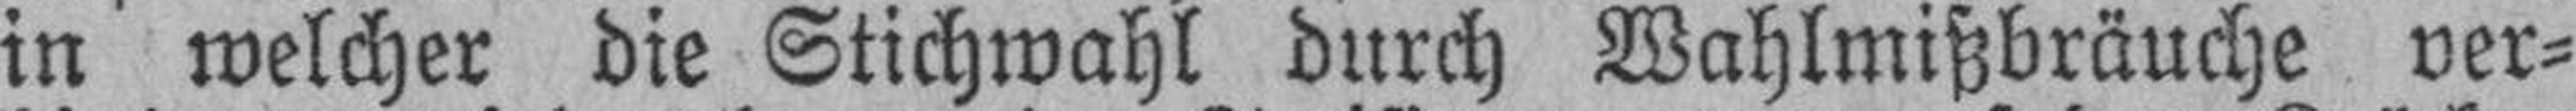
in welcher die Stichwahl durch Wahlmißbräuche ver¬